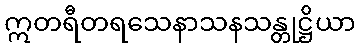
ဣတရီတရသေနာသနသန္တုဋ္ဌိယာ